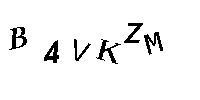
B4VKZM